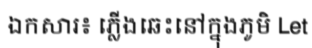
ឯកសារ៖ ភ្លើងឆេះនៅក្នុងភូមិ Let